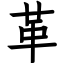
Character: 革